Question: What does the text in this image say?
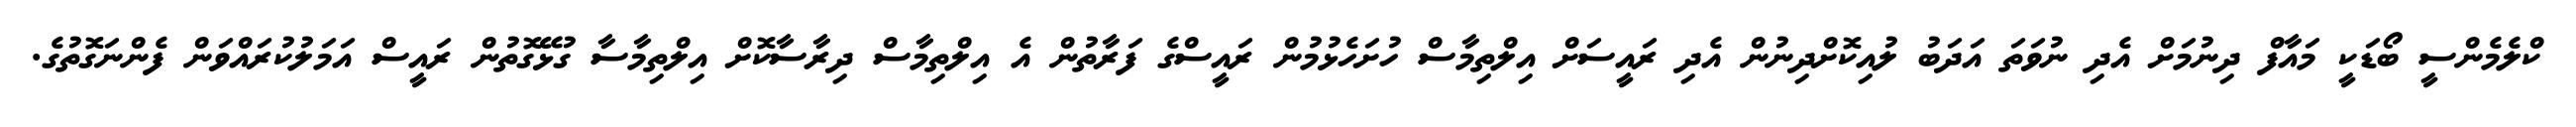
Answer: ކްލެމެންސީ ބޯޑަކީ މައާފް ދިނުމަށް އެދި ނުވަތަ އަދަބު ލުއިކޮށްދިނުން އެދި ރައީސަށް އިލްތިމާސް ހުށަހެޅުމުން ރައީސްގެ ފަރާތުން އެ އިލްތިމާސް ދިރާސާކޮށް އިލްތިމާސާ ގުޅޭގޮތުން ރައީސް އަމަލުކުރައްވަން ފެންނަގޮތުގެ.